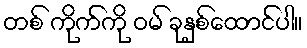
တစ် ကိုက်ကို ဝမ် ခုနှစ်ထောင်ပါ။